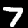
Digit: 7